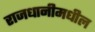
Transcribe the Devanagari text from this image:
राजधानीमधील